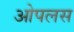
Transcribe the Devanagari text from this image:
ओपलस